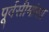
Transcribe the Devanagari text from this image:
पूर्वसीमांसा